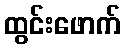
ထွင်းဖောက်